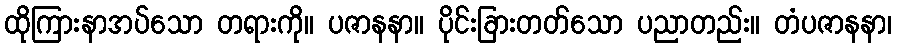
ထိုကြားနာအပ်သော တရားကို။ ပဇာနနာ။ ပိုင်းခြားတတ်သော ပညာတည်း။ တံပဇာနနာ၊